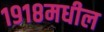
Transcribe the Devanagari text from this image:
१९१८मधील